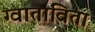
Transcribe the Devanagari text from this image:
ग्वाताविता